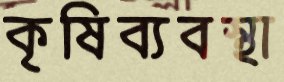
কৃষিব্যবস্থা